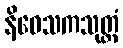
နိဝေသကသုတ္တံ